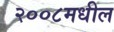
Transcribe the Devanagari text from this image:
२००८मधील